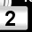
Digit: 2